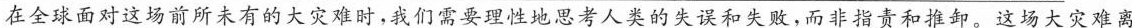
在全球面对这场前所未有的大灾难时，我们需要理性地思考人类的失误和失败，而非指责和推卸。这场大灾难离